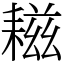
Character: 𦔒